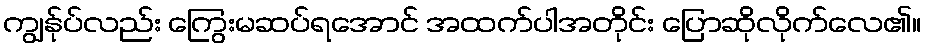
ကျွန်ုပ်လည်း ကြွေးမဆပ်ရအောင် အထက်ပါအတိုင်း ပြောဆိုလိုက်လေ၏။